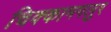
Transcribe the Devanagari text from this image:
चिक्कामगलुर